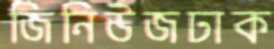
জিনিউজঢাক